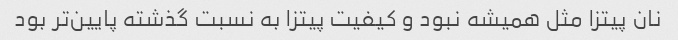
نان پیتزا مثل همیشه نبود و کیفیت پیتزا به نسبت گذشته پایین‌تر بود